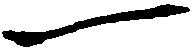
一